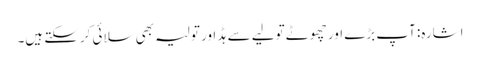
اشارہ: آپ بڑے اور چھوٹے تولیے سے ہڈ اور تولیہ بھی سلائی کرسکتے ہیں۔